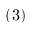
( 3 )